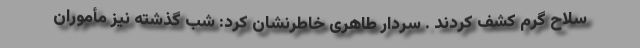
سلاح گرم کشف کردند . سردار طاهری خاطرنشان کرد: شب گذشته نیز مأموران